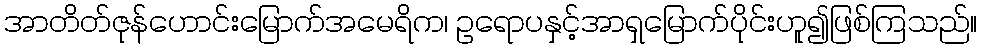
အာတိတ်ဇုန်ဟောင်းမြောက်အမေရိက၊ ဥရောပနှင့်အာရှမြောက်ပိုင်းဟူ၍ဖြစ်ကြသည်။